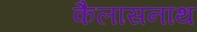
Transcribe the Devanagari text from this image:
कैलासनाथ